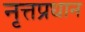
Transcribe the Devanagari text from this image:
नृत्तप्रधान